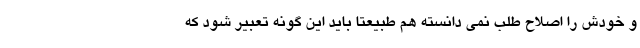
و خودش را اصلاح طلب نمی دانسته هم طبیعتا باید این گونه تعبیر شود که